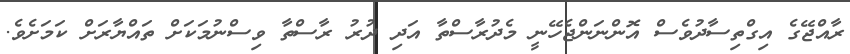
ރާއްޖޭގެ އިގްތިސާދުވެސް އޮންނަންޖެހޭނީ މެދުރާސްތާ އަދި ދުރު ރާސްތާ ވިސްނުމަކަށް ތައްޔާރަށް ކަމަށެވެ.